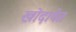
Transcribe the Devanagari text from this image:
खोदावेत